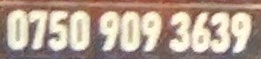
0750 909 3639